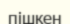
пішкен